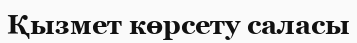
Қызмет көрсету саласы